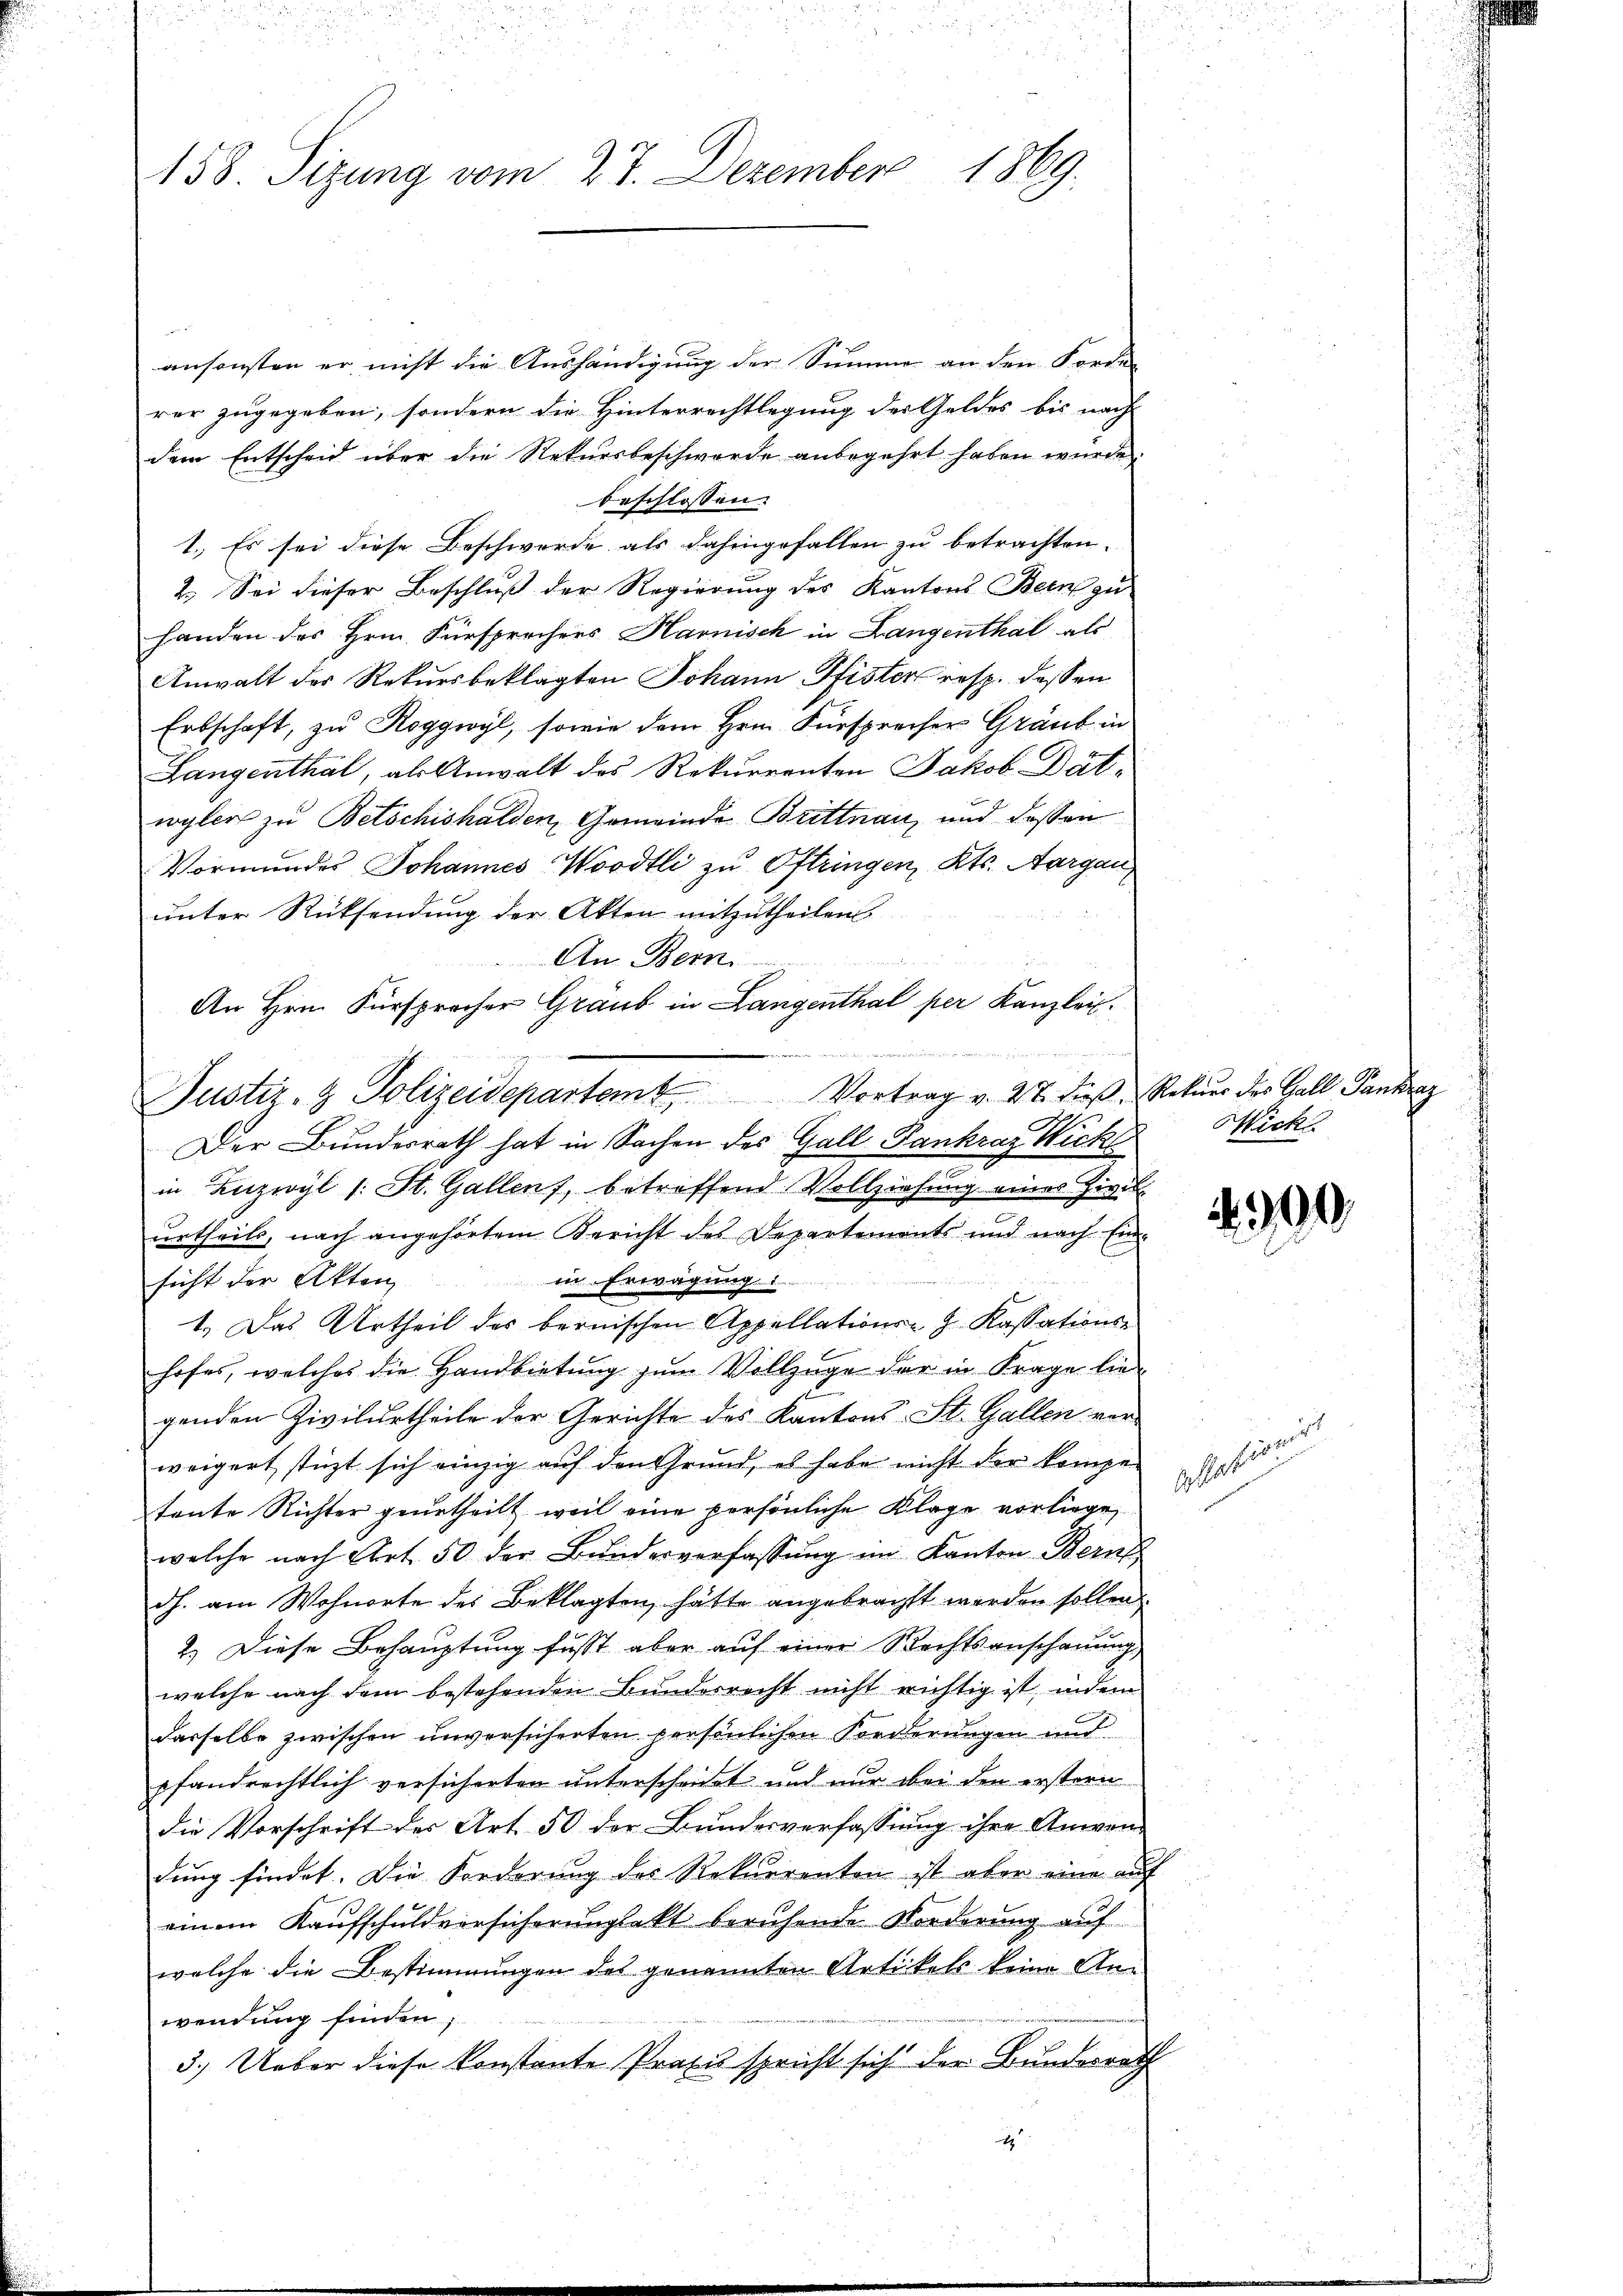
158. Sizung vom 27. Dezember 1869.

ansonsten er nicht die Aushändigung der Summe an den Forden
rer zugegeben, sondern die Hinterrechtlegung der Geldes bis nach
dem Entscheid über die Rekursbeschwerde anbegehrt haben würde,
beschlossen:
1.) Es sei diese Beschwerde als dahingefallen zu betrachten.
2.) Sei dieser Beschluß der Regierung des Kantons Bern zu-
handen des Hrn. Fürsprechers Harnisch in Langenthal als
Anwalt der Rekursbeklagten Johann Pfister resp. dessen
Erbschaft, zu Roggwyl, sowie dem Hrn. Fürsprecher Graub in
Langenthal, als Anwalt des Rekurrenten Jakob Bätwyler zu Betschishalden, Gemeinde Brittnau, und dassen
Vormundes Johannes Wordtli zu Oftringen, Kts. Aargau
unter Rücksendung der Akten mitzutheilen.
An Bern.
An Hrn. Fürsprocher Graub in Langenthal per Kanzlei.
e
Der Bundesrath hat in Sachen des Gall Pankraz Wickl
in Luzwyl 1. St. Gallen, betreffend Vollziehung eines Zivil-
urtheils, nach angehörtem Bericht des Departements und nach Einagung
sicht der Akten
1.) Das Urtheil des bernischen Appellations- & Kassations-
hofes, welches die Handbietung zum Vollzüge der in Frage liegenden Zivilurtheile der Gerichte des Kantons St. Gallen vorweigert, stüzt sich einzig auf den Grund, es habe nicht der kompetente Richter geurtheilt, weil eine persönliche Klage vorliege,
welche nach Art. 50 der Bŭndesverfassŭng im Kanton Bern
dh. am Wohnorte des Beklagten, hätte angebracht werden sollen
2.) Diese Behauptung fust aber auf einer Rechtsanschauung
welche nach dem bestehenden Bunderrecht nicht richtig ist, indem
dasselbe zwischen unversicherten persönlichen Forderungen und
pfandrechtlich versicherten unterscheidet und nur bei den erstern
die Vorschrift der Art. 50 der Bundesverfassung ihre Anwendung findet. Die Forderung des Rekurrenten ist aber eine auf
einem Kaufschuldversicherungsakt beruhende Norderung auf
welche die Bestimmungen des genannten Artikels keine Anwendung finden,
3.) Ueber diese konstante Praxis spricht sich der Bundesrath
t

Justiz- & Polizeidepartemb. Vortrag v. 27. dieβ, Rekurs des Gall Pankraz

Wick

990.

efund